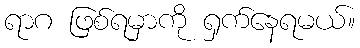
ရာဂ ဖြစ်ရမှာကို ရှက်နေရမယ်။